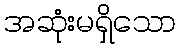
အဆုံးမရှိသော